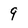
Character: 9